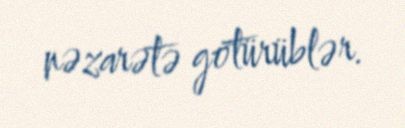
nəzarətə götürüblər.